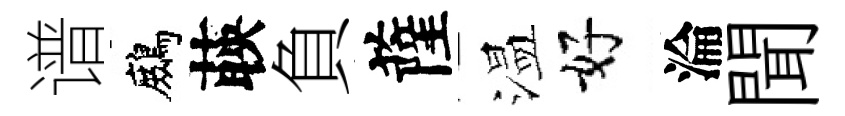
谱鷓𦴤負薩温好淪聞